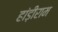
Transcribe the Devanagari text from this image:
हांड़ीराम